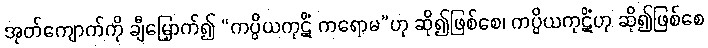
အုတ်ကျောက်ကို ချီမြှောက်၍ “ကပ္ပိယကုဋိံ ကရောမ”ဟု ဆို၍ဖြစ်စေ၊ ကပ္ပိယကုဋိံဟု ဆို၍ဖြစ်စေ